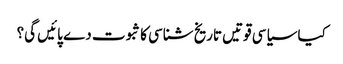
کیا سیاسی قوتیں تاریخ شناسی کا ثبوت دے پائیں گی؟